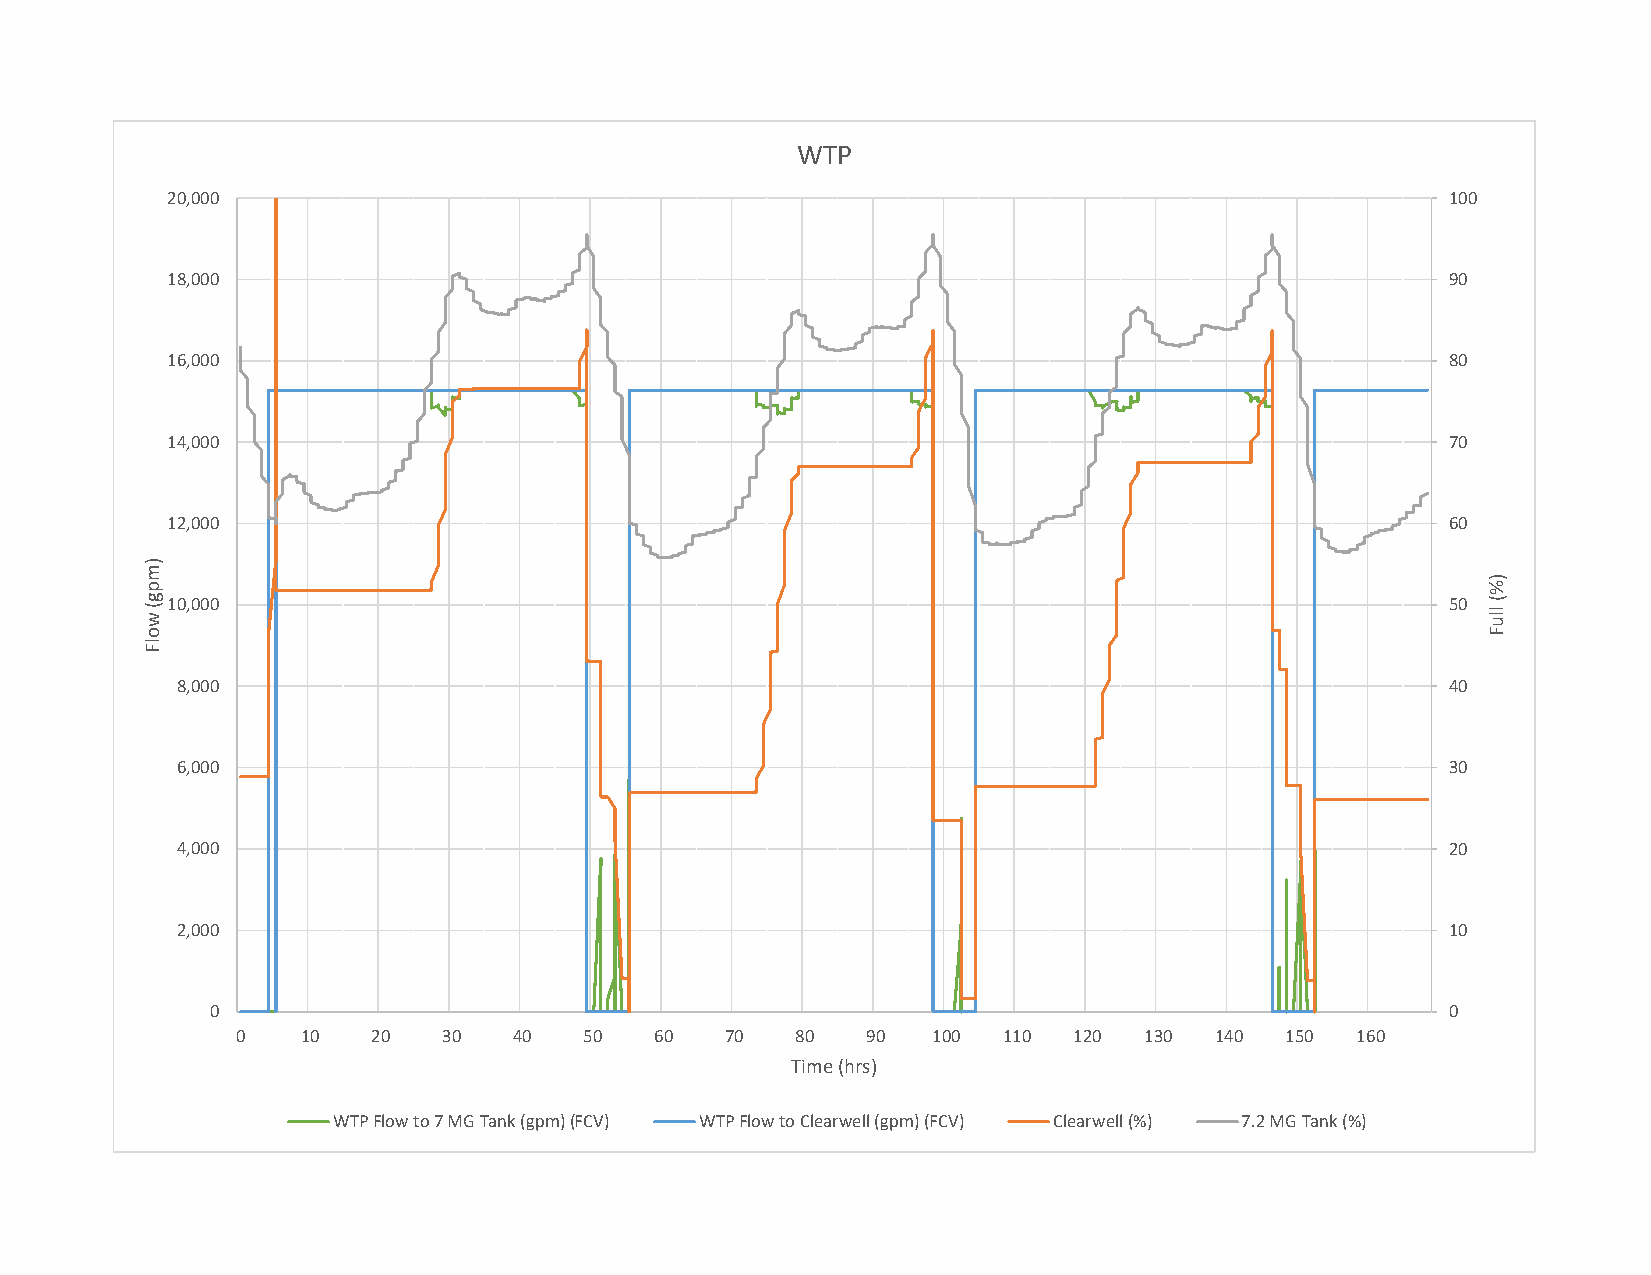
WTP
 20,000                                                                               100
 18,000                                                                               90
 16,000                                                                               80
 14,000                                                                               70
 12,000                                                                               60
 10,000                                                                               50
 8,000                                                                               40
 6,000                                                                               30
 4,000                                                                               20
 2,000                                                                               10
 0                                                                                 0
 0   10   20  30   40   50  60   70   80  90   100 110  120  130 140  150  160
 Time (hrs)
 WTP Flow to 7 MG Tank (gpm) (FCV) WTP Flow to Clearwell (gpm) (FCV) Clearwell (%) 7.2 MG Tank (%)
 )mpg(
 wolF
 )%(
 lluF